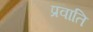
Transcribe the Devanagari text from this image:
प्रवाति